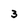
Character: 3